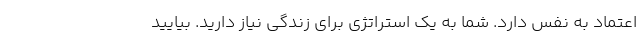
اعتماد به نفس دارد. شما به یک استراتژی برای زندگی‌ نیاز دارید. بیایید